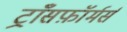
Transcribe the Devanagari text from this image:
ट्राँसफ़ॉर्मर्स